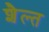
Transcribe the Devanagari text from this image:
शैल्त